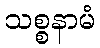
သစ္စနာမံ